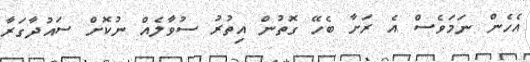
އެހެން ނަމަވެސް އެ ރަށާ ބެހޭ ގޮތުން އިތުރު ސުވާލެއް ނުކޮށް ސައުދާގަރާ